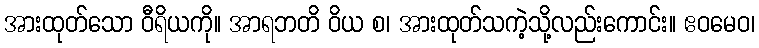
အားထုတ်သော ဝီရိယကို။ အာရဘတိ ဝိယ စ၊ အားထုတ်သကဲ့သို့လည်းကောင်း။ ဧဝမေဝ၊